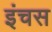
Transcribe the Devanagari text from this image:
इंचस